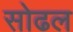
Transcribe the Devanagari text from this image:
सोढल